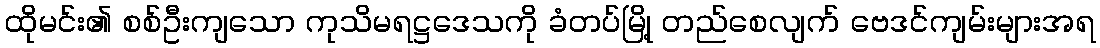
ထိုမင်း၏ စစ်ဦးကျသော ကုသိမရဋ္ဌဒေသကို ခံတပ်မြို့ တည်စေလျက် ဗေဒင်ကျမ်းများအရ